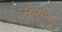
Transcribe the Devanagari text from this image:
उरुसात